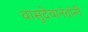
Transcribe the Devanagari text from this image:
वासुदेवानंदांनी